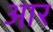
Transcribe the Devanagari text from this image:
आ़र